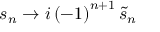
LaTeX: s _ { n } \rightarrow i \left( - 1 \right) ^ { n + 1 } \tilde { s } _ { n }